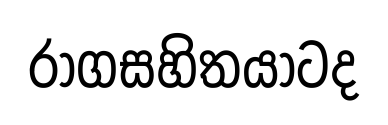
රාගසහිතයාටද